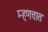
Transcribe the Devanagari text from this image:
म्हणत्तात